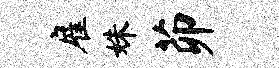
雇姝茆